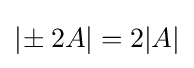
|\!\pm 2A|=2|A|